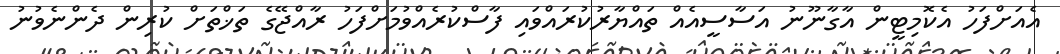
އެއަށްފަހު އެކޮމިޓީން އާގާނޫނު އަސާސީއެއް ތައްޔާރުކުރައްވައި ފާސްކުރެއްވުމަށްފަހު ރާއްޖޭގެ ތަޚްތަށް ކުރިން ދެންނެވުނު